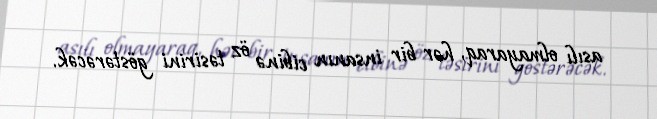
asılı olmayaraq, hər bir insanın cibinə öz təsirini göstərəcək.